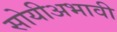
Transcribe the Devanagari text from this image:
सोयीअभावी